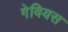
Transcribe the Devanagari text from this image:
गेवियस